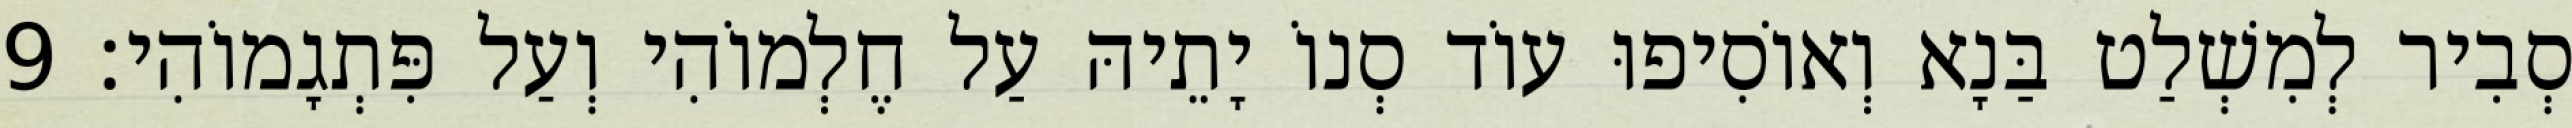
סְבִיר לְמִשְׁלַט בַּנָא וְאוֹסִיפוּ עוֹד סְנוֹ יָתֵיהּ עַל חֶלְמוֹהִי וְעַל פִּתְגָמוֹהִי׃ 9